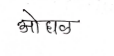
मजकूर: ओघळ